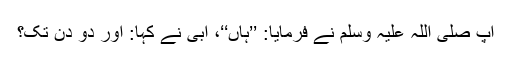
آپ صلی اللہ علیہ وسلم نے فرمایا: ’’ہاں‘‘، ابی نے کہا: اور دو دن تک؟